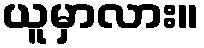
ယူမှာလား။